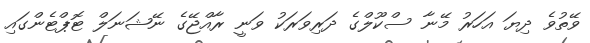
ވޭތުވެ ދިޔަ އަހަރު މޭނާ ސްކޫލްގެ ދަރިވަރަކު ވަނީ ރާއްޖޭގެ ނޭޝަނަލް ޓޮޕްޓެންގައި